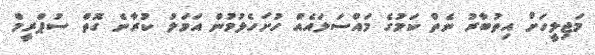
މަޖިލީހަށް އިތުބާރު ނެތް ކަމުގެ މައްސަލައެއް ހުށަހެޅުމުން އަމަލު ކުރާނެ ގޮތް ސުޕްރީމް